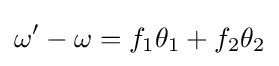
\omega ^{\prime }-\omega =f_{1}\theta _{1}+f_{2}\theta _{2}